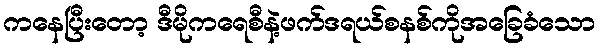
ကနေပြီးတော့ ဒီမိုကရေစီနဲ့ဖက်ဒရယ်စနစ်ကိုအခြေခံသော